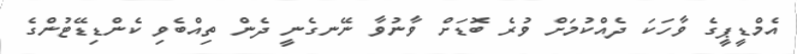
އެމްޑީޕީގެ ވާހަކަ ދެއްކުމަށް ވުރެ ބޮޑަށް ވާނުވާ ނޭނގެނީ ދެން ތިއްބެވި ކެންޑިޑޭޓުންގެ